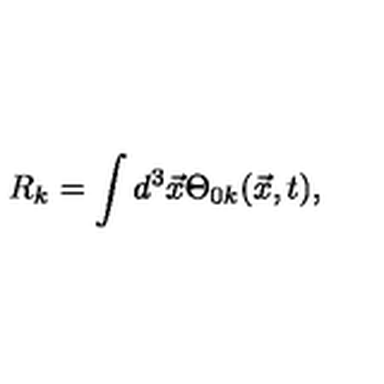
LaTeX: R _ { k } = \int d ^ { 3 } \vec { x } \Theta _ { 0 k } ( \vec { x } , t ) ,